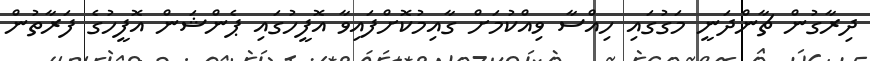
ދިރާގުން ޗާންދަނީ މަގުގައި ހިއްސާ ވިއްކުމަށް ގާއިމުކޮށްފައިވާ އޮފީހުގައި ޕެންޝަން އޮފީހުގެ ފަރާތުން